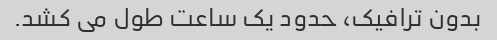
بدون ترافیک، حدود یک ساعت طول می کشد.